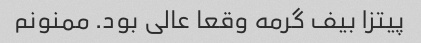
پیتزا بیف گرمه وقعا عالی بود. ممنونم